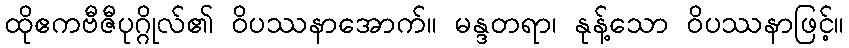
ထိုဧကဗီဇီပုဂ္ဂိုလ်၏ ဝိပဿနာအောက်။ မန္ဒတရာ၊ နုန့်သော ဝိပဿနာဖြင့်။